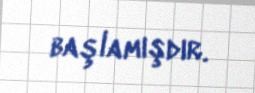
başlamışdır.